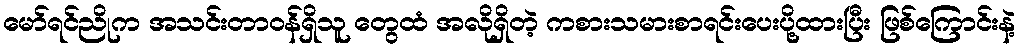
မော်ရင်ညိုက အသင်းတာဝန်ရှိသူ တွေထံ အလိုရှိတဲ့ ကစားသမားစာရင်းပေးပို့ထားပြီး ဖြစ်ကြောင်းနဲ့